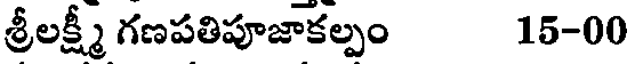
శ్రీలక్ష్మీ గణపతిపూజాకల్పం 15-00